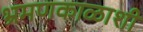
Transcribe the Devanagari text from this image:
भ्रमणकाळाशी